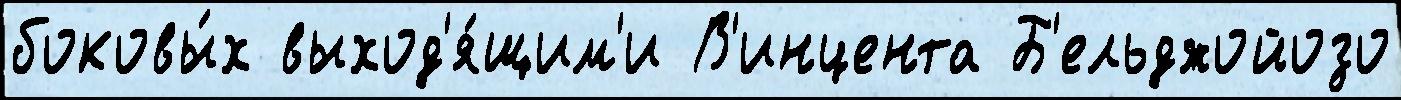
боковы́х выход'я́щим'и В'инцента Б'ельджойозо